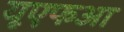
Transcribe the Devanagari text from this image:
यूएफआ